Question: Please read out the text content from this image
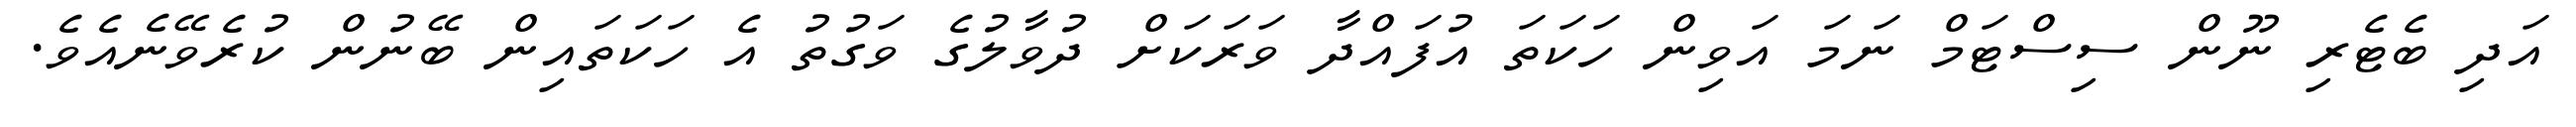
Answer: އަދި ބެޓެރި ނޫން ސިސްޓަމް ނަމަ އަވިން ހަކަތަ އުފައްދާ ވަރަކަށް ދުވާލުގެ ވަގުތު އެ ހަކަތައިން ބޭނުން ކުރެވޭނެއެވެ.